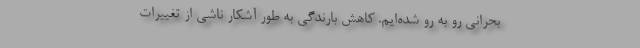
بحرانی رو به رو شده‌ایم. کاهش بارندگی به طور آشکار ناشی از تغییرات